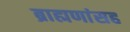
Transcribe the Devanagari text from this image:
ब्राह्मणांसह